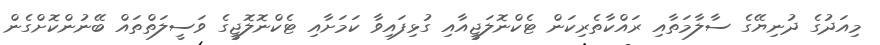
މިއަދުގެ ދުނިޔޭގެ ސާލާމަތާއި ރައްކާތެރިކަން ޓެކްނޮލަޖީއާއި ގުޅިފައިވާ ކަމަށާއި ޓެކްނޮލޮޖީގެ ވަސީލަތްތައް ބޭނުންކޮށްގެން